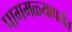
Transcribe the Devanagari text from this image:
पागमळ्यापर्यंत